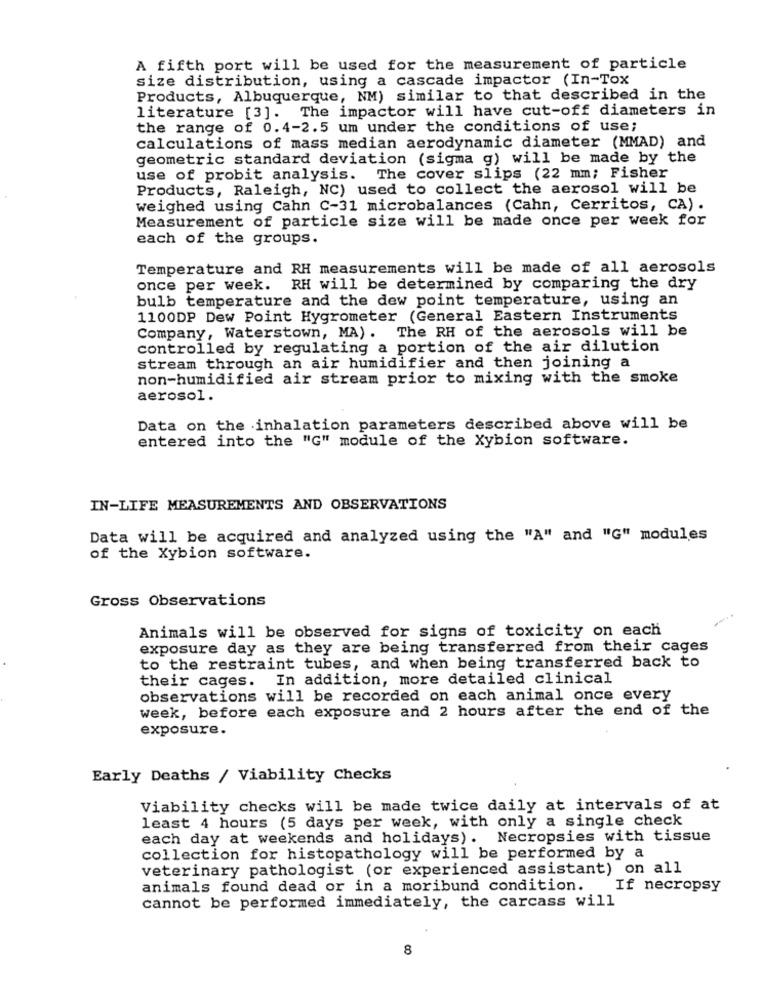
A fifth port will be used for the measurement of particle
size distribution, using a cascade impactor (In-Tox
Products, Albuquerque, NM) similar to that described in the
literature [3]. The impactor will have cut-off diameters in
the range of 0.4-2.5 um under the conditions of use;
calculations of mass median aerodynamic diameter (MMAD) and
geometric standard deviation (sigma g) will be made by the
use of probit analysis.
The cover slips (22 mm; Fisher
Products, Raleigh, NC) used to collect the aerosol will be
weighed using Cahn C-31 microbalances (Cahn, Cerritos, CA) .
Measurement of particle size will be made once per week for
each of the groups.
Temperature and RH measurements will be made of all aerosols
once per week. RH will be determined by comparing the dry
bulb temperature and the dew point temperature, using an
1100DP Dew Point Hygrometer (General Eastern Instruments
Company, Waterstown, MA) . The RH of the aerosols will be
controlled by regulating a portion of the air dilution
stream through an air humidifier and then joining a
non-humidified air stream prior to mixing with the smoke
aerosol.
Data on the inhalation parameters described above will be
entered into the "G" module of the Xybion software.
IN-LIFE MEASUREMENTS AND OBSERVATIONS
Data will be acquired and analyzed using the "A" and "G" modules
of the Xybion software.
Gross Observations
Animals will be observed for signs of toxicity on each
exposure day as they are being transferred from their cages
to the restraint tubes, and when being transferred back to
their cages. In addition, more detailed clinical
observations will be recorded on each animal once every
week, before each exposure and 2 hours after the end of the
exposure.
Early Deaths / Viability Checks
Viability checks will be made twice daily at intervals of at
least 4 hours (5 days per week, with only a single check
each day at weekends and holidays). Necropsies with tissue
collection for histopathology will be performed by a
veterinary pathologist (or experienced assistant) on all
animals found dead or in a moribund condition.
If necropsy
cannot be performed immediately, the carcass will
8